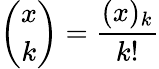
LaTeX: {\binom{x}{k}}={\frac{(x)_{k}}{k!}}